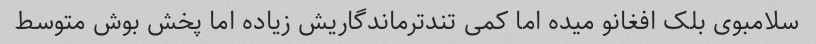
سلامبوی بلک افغانو میده اما کمی تندترماندگاریش زیاده اما پخش بوش متوسط